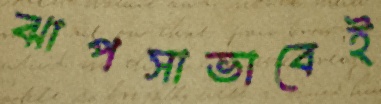
ঝাপসাভাবেই